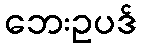
ဘေးဥပဒ်